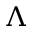
\Lambda